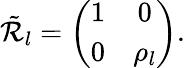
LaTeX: \tilde{\mathcal{R}}_{l}=\left(\begin{array}{cc}{1}&{0}\\ {0}&{\rho_{l}}\end{array}\right).